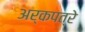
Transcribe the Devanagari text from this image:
अर्कपत्रे